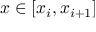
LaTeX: x \in [ x _ { i } , x _ { i + 1 } ]